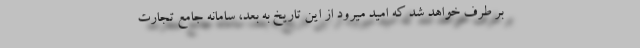
بر طرف خواهد شد که امید میرود از این تاریخ به بعد، سامانه جامع تجارت